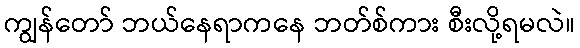
ကျွန်တော် ဘယ်နေရာကနေ ဘတ်စ်ကား စီးလို့ရမလဲ။